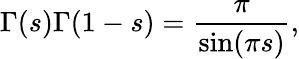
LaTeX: \Gamma(s)\Gamma(1-s)={\frac{\pi}{\sin(\pi s)}},